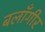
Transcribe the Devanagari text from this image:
बलाँगीर